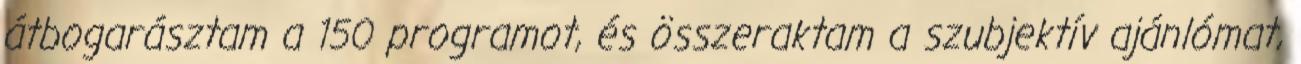
átbogarásztam a 150 programot, és összeraktam a szubjektív ajánlómat,